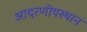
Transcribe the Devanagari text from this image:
आदरणीयस्थान